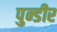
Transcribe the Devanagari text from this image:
पुन्डीर